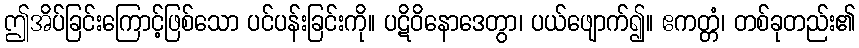
ဤအိပ်ခြင်းကြောင့်ဖြစ်သော ပင်ပန်းခြင်းကို။ ပဋိဝိနောဒေတွာ၊ ပယ်ဖျောက်၍။ ဧကတ္တံ၊ တစ်ခုတည်း၏